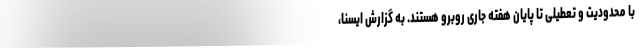
با محدودیت و تعطیلی تا پایان هفته جاری روبرو هستند. به گزارش ایسنا،